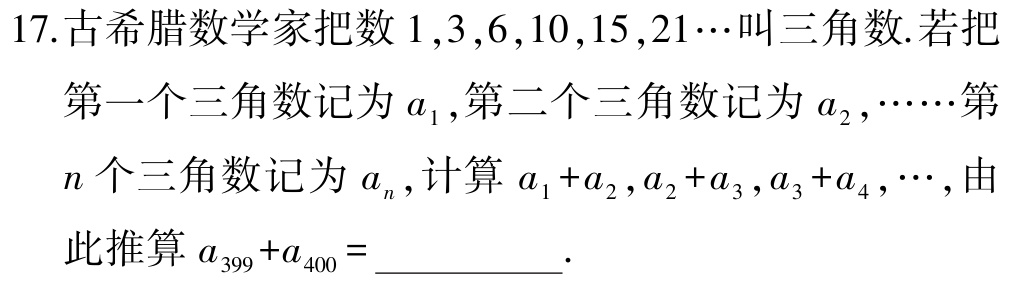
17.古希腊数学家把数\(1,3,6,10,15,21\cdots\)叫三角数.若把

第一个三角数记为\(a_{1}\),第二个三角数记为\(a_{2},\cdots\cdots\)第

\(n\)个三角数记为\(a_{n}\),计算\(a_{1}+a_{2},a_{2}+a_{3},a_{3}+a_{4},\cdots\),由

此推算\(a_{399}+a_{400}=\)__________.